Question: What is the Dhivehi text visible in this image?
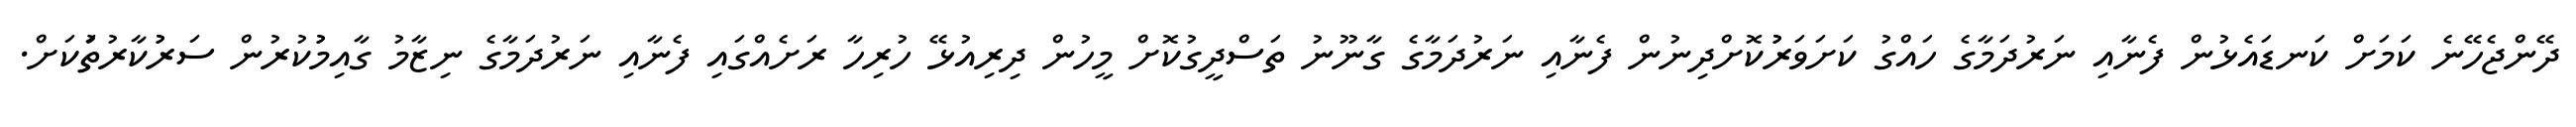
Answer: ދޭންޖެހޭނެ ކަމަށް ކަނޑައެޅުން ފެނާއި ނަރުދަމާގެ ހައްގު ކަށަވަރުުކޮށްދިނުން ފެނާއި ނަރުދަމާގެ ގާނޫނު ތަސްދީގުކޮށް މީހުން ދިރިއުޅޭ ހުރިހާ ރަށެއްގައި ފެނާއި ނަރުދަމާގެ ނިޒާމު ގާއިމުުކުރުން ސަރުުކާރުތަުކަށް.